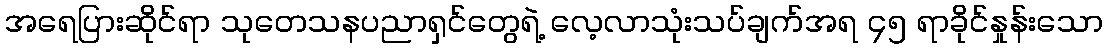
အရေပြားဆိုင်ရာ သုတေသနပညာရှင်တွေရဲ့ လေ့လာသုံးသပ်ချက်အရ ၄၅ ရာခိုင်နှုန်းသော